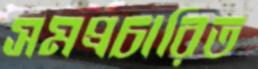
সমপ্রচারিত